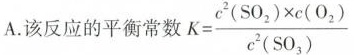
A.该反应的平衡常数 $$K= \frac{c^{2}(SO_{2})\times c(O_{2})}{c^{2}(SO_{3})}$$